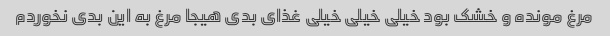
مرغ مونده و خشک بود خیلی خیلی خیلی غذای بدی هیجا مرغ به این بدی نخوردم